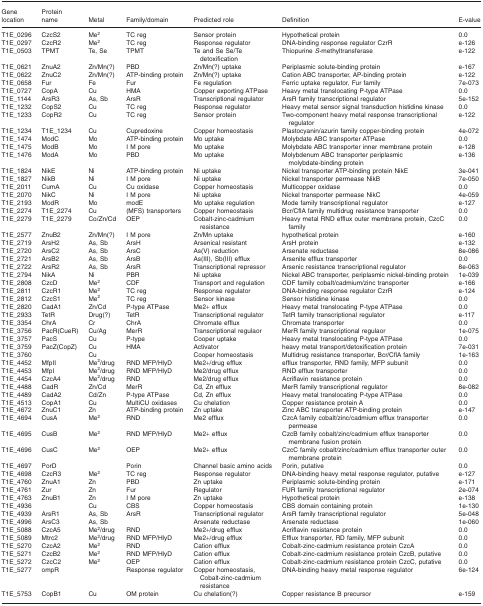
<table><thead><tr><td><b>Gene location</b></td><td><b>Protein name</b></td><td><b>Metal</b></td><td><b>Family/domain</b></td><td><b>Predicted role</b></td><td><b>Definition</b></td><td><b>E-value</b></td></tr></thead><tbody><tr><td>T1E_0296</td><td>CzcS2</td><td>Me<sup>2</sup></td><td>TC reg</td><td>Sensor protein</td><td>Hypothetical protein</td><td>0.0</td></tr><tr><td>T1E_0297</td><td>CzcR2</td><td>Me<sup>2</sup></td><td>TC reg</td><td>Response regulator</td><td>DNA-binding response regulator CzrR</td><td>e-126</td></tr><tr><td>T1E_0503</td><td>TPMT</td><td>Te, Se</td><td>TPMT</td><td>Te and Se Se/Te detoxification</td><td>Thiopurine <i>S</i>-methyltransferase</td><td>e-122</td></tr><tr><td>T1E_0621</td><td>ZnuA2</td><td>Zn/Mn(?)</td><td>PBD</td><td>Zn/Mn(?) uptake</td><td>Periplasmic solute-binding protein</td><td>e-167</td></tr><tr><td>T1E_0622</td><td>ZnuC2</td><td>Zn/Mn(?)</td><td>ATP-binding protein</td><td>Zn/Mn(?) uptake</td><td>Cation ABC transporter, AP-binding protein</td><td>e-122</td></tr><tr><td>T1E_0658</td><td>Fur</td><td>Fe</td><td>Fur</td><td>Fe regulation</td><td>Ferric uptake regulator, Fur family</td><td>7e-073</td></tr><tr><td>T1E_0727</td><td>CopA</td><td>Cu</td><td>HMA</td><td>Copper exporting ATPase</td><td>Heavy metal translocating P-type ATPase</td><td>0.0</td></tr><tr><td>T1E_1144</td><td>ArsR3</td><td>As, Sb</td><td>ArsR</td><td>Transcriptional regulator</td><td>ArsR family transcriptional regulator</td><td>5e-152</td></tr><tr><td>T1E_1232</td><td>CopS2</td><td>Cu</td><td>TC reg</td><td>Response regulator</td><td>Heavy metal sensor signal transduction histidine kinase</td><td>0.0</td></tr><tr><td>T1E_1233</td><td>CopR2</td><td>Cu</td><td>TC reg</td><td>Sensor protein</td><td>Two-component heavy metal response transcriptional regulator</td><td>e-122</td></tr><tr><td>T1E_1234</td><td>T1E_1234</td><td>Cu</td><td>Cupredoxine</td><td>Copper homeostasis</td><td>Plastocyanin/azurin family copper-binding protein</td><td>4e-072</td></tr><tr><td>T1E_1474</td><td>ModC</td><td>Mo</td><td>ATP-binding protein</td><td>Mo uptake</td><td>Molybdate ABC transporter ATPase</td><td>0.0</td></tr><tr><td>T1E_1475</td><td>ModB</td><td>Mo</td><td>I M pore</td><td>Mo uptake</td><td>Molybdate ABC transporter inner membrane protein</td><td>e-128</td></tr><tr><td>T1E_1476</td><td>ModA</td><td>Mo</td><td>PBD</td><td>Mo uptake</td><td>Molybdenum ABC transporter periplasmic molybdate-binding protein</td><td>e-136</td></tr><tr><td>T1E_1824</td><td>NikE</td><td>Ni</td><td>ATP-binding protein</td><td>Ni uptake</td><td>Nickel transporter ATP-binding protein NikE</td><td>3e-041</td></tr><tr><td>T1E_1827</td><td>NikB</td><td>Ni</td><td>I M pore</td><td>Ni uptake</td><td>Nickel transporter permease NikB</td><td>7e-050</td></tr><tr><td>T1E_2011</td><td>CumA</td><td>Cu</td><td>Cu oxidase</td><td>Copper homeostasis</td><td>Multicopper oxidase</td><td>0.0</td></tr><tr><td>T1E_2070</td><td>NikC</td><td>Ni</td><td>I M pore</td><td>Ni uptake</td><td>Nickel transporter permease NikC</td><td>4e-059</td></tr><tr><td>T1E_2193</td><td>ModR</td><td>Mo</td><td>modE</td><td>Mo uptake regulation</td><td>Mode family transcriptional regulator</td><td>e-127</td></tr><tr><td>T1E_2274</td><td>T1E_2274</td><td>Cu</td><td>(MFS) transporters</td><td>Copper homeostasis</td><td>Bcr/CflA family multidrug resistance transporter</td><td>0.0</td></tr><tr><td>T1E_2279</td><td>T1E_2279</td><td>Co/Zn/Cd</td><td>OEP</td><td>Cobalt-zinc-cadmium resistance</td><td>Heavy metal RND efflux outer membrane protein, CzcC family</td><td>0.0</td></tr><tr><td>T1E_2577</td><td>ZnuB2</td><td>Zn/Mn(?)</td><td>I M pore</td><td>Zn/Mn uptake</td><td>hypothetical protein</td><td>e-160</td></tr><tr><td>T1E_2719</td><td>ArsH2</td><td>As, Sb</td><td>ArsH</td><td>Arsenical resistant</td><td>ArsH protein</td><td>e-132</td></tr><tr><td>T1E_2720</td><td>ArsC2</td><td>As, Sb</td><td>ArsC</td><td>As(V) reduction</td><td>Arsenate reductase</td><td>8e-086</td></tr><tr><td>T1E_2721</td><td>ArsB2</td><td>As, Sb</td><td>ArsB</td><td>As(III), Sb(III) efflux</td><td>Arsenite efflux transporter</td><td>0.0</td></tr><tr><td>T1E_2722</td><td>ArsR2</td><td>As, Sb</td><td>ArsR</td><td>Transcriptional repressor</td><td>Arsenic resistance transcriptional regulator</td><td>8e-063</td></tr><tr><td>T1E_2794</td><td>NikA</td><td>Ni</td><td>PBR</td><td>Ni uptake</td><td>Nickel ABC transporter, periplasmic nickel-binding protein</td><td>1e-039</td></tr><tr><td>T1E_2808</td><td>CzcD</td><td>Me<sup>2</sup></td><td>CDF</td><td>Transport and regulation</td><td>CDF family cobalt/cadmium/zinc transporter</td><td>e-166</td></tr><tr><td>T1E_2811</td><td>CzcR1</td><td>Me<sup>2</sup></td><td>TC reg</td><td>Response regulator</td><td>DNA-binding response regulator CzrR</td><td>e-124</td></tr><tr><td>T1E_2812</td><td>CzcS1</td><td>Me<sup>2</sup></td><td>TC reg</td><td>Sensor kinase</td><td>Sensor histidine kinase</td><td>0.0</td></tr><tr><td>T1E_2820</td><td>CadA1</td><td>Zn/Cd</td><td>P-type ATPase</td><td>Me2+ efflux</td><td>Heavy metal translocating P-type ATPase</td><td>0.0</td></tr><tr><td>T1E_2933</td><td>TetR</td><td>Drug(?)</td><td>TetR</td><td>Transcriptional regulator</td><td>TetR family transcriptional regulator</td><td>e-117</td></tr><tr><td>T1E_3354</td><td>ChrA</td><td>Cr</td><td>ChrA</td><td>Chromate efflux</td><td>Chromate transporter</td><td>0.0</td></tr><tr><td>T1E_3756</td><td>PacR(CueR)</td><td>Cu/Ag</td><td>MerR</td><td>Transcriptional regulaor</td><td>MerR family transcriptional regulaor</td><td>1e-075</td></tr><tr><td>T1E_3757</td><td>PacS</td><td>Cu</td><td>P-type</td><td>Cooper uptake</td><td>Heavy metal translocating P-type ATPase</td><td>0.0</td></tr><tr><td>T1E_3759</td><td>PacZ(CopZ)</td><td>Cu</td><td>HMA</td><td>Activator</td><td>heavy metal transport/detoxification protein</td><td>7e-031</td></tr><tr><td>T1E_3760</td><td></td><td>Cu</td><td></td><td>Cooper homeostasis</td><td>Multidrug resistance transporter, Bcr/CflA family</td><td>1e-163</td></tr><tr><td>T1E_4452</td><td>MfpII</td><td>Me<sup>2</sup>/drug</td><td>RND MFP/HlyD</td><td>Me2+/drug efflux</td><td>efflux transporter, RND family, MFP subunit</td><td>0.0</td></tr><tr><td>T1E_4453</td><td>MfpI</td><td>Me<sup>2</sup>/drug</td><td>RND MFP/HlyD</td><td>Me2/drug efflux</td><td>RND efflux transporter</td><td>0.0</td></tr><tr><td>T1E_4454</td><td>CzcA4</td><td>Me<sup>2</sup>/drug</td><td>RND</td><td>Me2/drug efflux</td><td>Acriflavin resistance protein</td><td>0.0</td></tr><tr><td>T1E_4488</td><td>CadR</td><td>Zn/Cd</td><td>MerR</td><td>Cd, Zn efflux</td><td>MerR family transcriptional regulator</td><td>8e-082</td></tr><tr><td>T1E_4489</td><td>CadA2</td><td>Cd/Zn</td><td>P-type ATPase</td><td>Cd, Zn efflux</td><td>Heavy metal translocating P-type ATPase</td><td>0.0</td></tr><tr><td>T1E_4513</td><td>CopA1</td><td>Cu</td><td>MultiCU oxidases</td><td>Cu chelation</td><td>Copper resistance protein A</td><td>0.0</td></tr><tr><td>T1E_4672</td><td>ZnuC1</td><td>Zn</td><td>ATP-binding protein</td><td>Zn uptake</td><td>Zinc ABC transporter ATP-binding protein</td><td>e-147</td></tr><tr><td>T1E_4694</td><td>CusA</td><td>Me<sup>2</sup></td><td>RND</td><td>Me2 efflux</td><td>CzcA family cobalt/zinc/cadmium efflux transporter permease</td><td>0.0</td></tr><tr><td>T1E_4695</td><td>CusB</td><td>Me<sup>2</sup></td><td>RND MFP/HlyD</td><td>Me2+ efflux</td><td>CzcB family cobalt/zinc/cadmium efflux transporter membrane fusion protein</td><td>0.0</td></tr><tr><td>T1E_4696</td><td>CusC</td><td>Me<sup>2</sup></td><td>OEP</td><td>Me2+ efflux</td><td>CzcC family cobalt/zinc/cadmium efflux transporter outer membrane protein</td><td>0.0</td></tr><tr><td>T1E_4697</td><td>PorD</td><td></td><td>Porin</td><td>Channel basic amino acids</td><td>Porin, putative</td><td>0.0</td></tr><tr><td>T1E_4698</td><td>CzcR3</td><td>Me<sup>2</sup></td><td>TC reg</td><td>Response regulator</td><td>DNA-binding heavy metal response regulator, putative</td><td>e-127</td></tr><tr><td>T1E_4760</td><td>ZnuA1</td><td>Zn</td><td>PBD</td><td>Zn uptake</td><td>Periplasmic solute-binding protein</td><td>e-171</td></tr><tr><td>T1E_4761</td><td>Zur</td><td>Zn</td><td>Fur</td><td>Regulator</td><td>FUR family transcriptional regulator</td><td>2e-074</td></tr><tr><td>T1E_4763</td><td>ZnuB1</td><td>Zn</td><td>I M pore</td><td>Zn uptake</td><td>Hypothetical protein</td><td>e-138</td></tr><tr><td>T1E_4936</td><td></td><td>Cu</td><td>CBS</td><td>Copper homeostasis</td><td>CBS domain containing protein</td><td>1e-130</td></tr><tr><td>T1E_4939</td><td>ArsR1</td><td>As, Sb</td><td>ArsR</td><td>Transcriptional regulator</td><td>ArsR family transcriptional regulator</td><td>5e-048</td></tr><tr><td>T1E_4996</td><td>ArsC3</td><td>As, Sb</td><td></td><td>Arsenate reductase</td><td>Arsenate reductase</td><td>1e-060</td></tr><tr><td>T1E_5088</td><td>CzcA5</td><td>Me<sup>2</sup>/drug</td><td>RND</td><td>Me2+/drug efflux</td><td>Acriflavin resistance protein</td><td>0.0</td></tr><tr><td>T1E_5089</td><td>Mtrc2</td><td>Me<sup>2</sup>/drug</td><td>RND MFP/HlyD</td><td>Me2+/drug efflux</td><td>Efflux transporter, RD family, MFP subunit</td><td>0.0</td></tr><tr><td>T1E_5270</td><td>CzcA2</td><td>Me<sup>2</sup></td><td>RND</td><td>Cation efflux</td><td>Cobalt-zinc-cadmium resistance protein CzcA</td><td>0.0</td></tr><tr><td>T1E_5271</td><td>CzcB2</td><td>Me<sup>2</sup></td><td>RND MFP/HlyD</td><td>Cation efflux</td><td>Cobalt-zinc-cadmium resistance protein CzcB, putative</td><td>0.0</td></tr><tr><td>T1E_5272</td><td>CzcC2</td><td>Me<sup>2</sup></td><td>OEP</td><td>Cation efflux</td><td>Cobalt-zinc-cadmium resistance protein CzcC, putative</td><td>0.0</td></tr><tr><td>T1E_5277</td><td>ompR</td><td></td><td>Response regulator</td><td>Copper homeostasis, Cobalt-zinc-cadmium resistance</td><td>DNA-binding heavy metal response regulator</td><td>6e-124</td></tr><tr><td>T1E_5753</td><td>CopB1</td><td>Cu</td><td>OM protein</td><td>Cu chelation(?)</td><td>Copper resistance B precursor</td><td>e-159</td></tr></tbody></table>